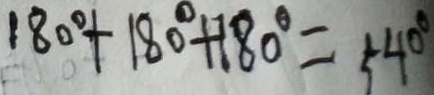
1 8 0 ^ { \circ } + 1 8 0 ^ { \circ } + 1 8 0 ^ { \circ } = 5 4 0 ^ { \circ }